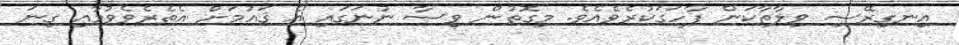
އިނގިރޭސި ވިލާތާކަން ފާހަގަކުރެވެއެވެ. މިގޮތުން ވިސާ ނުނަގައި އެ ޤައުމަށް އެތެރެވެވުމާއި ގިނަ